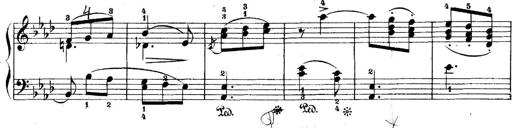
Title: 5 Sonatinas
Composer: Theodor Kirchner